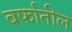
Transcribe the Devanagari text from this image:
बर्फातील